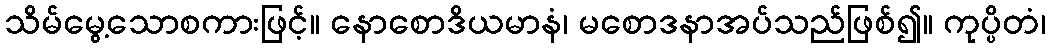
သိမ်မွေ့သောစကားဖြင့်။ နောစောဒိယမာနံ၊ မစောဒနာအပ်သည်ဖြစ်၍။ ကုပ္ပိတံ၊